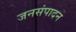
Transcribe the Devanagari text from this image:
जनसंपादन